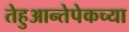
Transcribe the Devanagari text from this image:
तेहुआन्तेपेकच्या